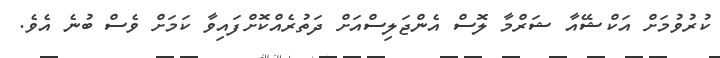
ކުރުވުމަށް އަކްޝޭއާ ޝަރްމާ ލޮސް އެންޖަލިސްއަށް ދަތުރެއްކޮށްފައިވާ ކަމަށް ވެސް ބުނެ އެވެ.